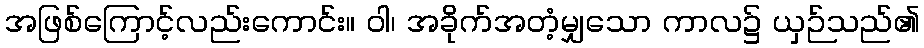
အဖြစ်ကြောင့်လည်းကောင်း။ ဝါ၊ အခိုက်အတံ့မျှသော ကာလ၌ ယှဉ်သည်၏